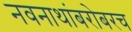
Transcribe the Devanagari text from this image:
नवनाथांबरोबरच